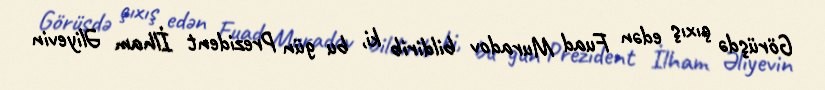
Görüşdə çıxış edən Fuad Muradov bildirib ki, bu gün Prezident İlham Əliyevin